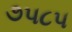
૭૫૮૫